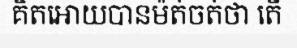
គិតអោយបានម៉ត់ចត់ថា តើ